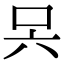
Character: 𭇊